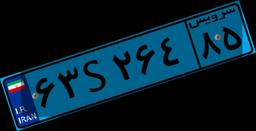
۶۳S۲۶۴۸۵